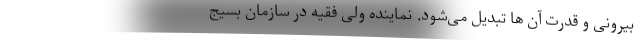
بیرونی و قدرت آن ها تبدیل می‌شود. نماینده ولی فقیه در سازمان بسیج